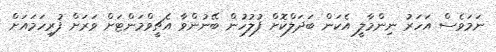
ނަމަވެސް އަހަރު ނިންމާލީ އެކަން ބަދަލްކޮށް ފުލުހުން ބޭނުންވާ އެޗީވްމަންޓަށް ވަރަށް ފުރިހަމައަށް